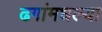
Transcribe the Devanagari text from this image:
ढगांमधल्या